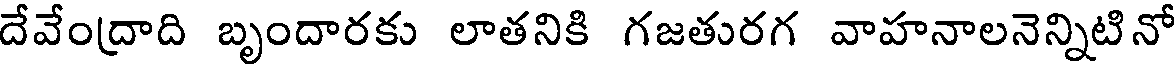
దేవేంద్రాది బృందారకు లాతనికి గజతురగ వాహనాలనెన్నిటినో